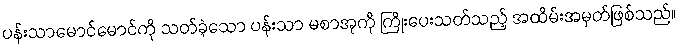
ပန်းသာမောင်မောင်ကို သတ်ခဲ့သော ပန်းသာ မစာအုကို ကြိုးပေးသတ်သည့် အထိမ်းအမှတ်ဖြစ်သည်။